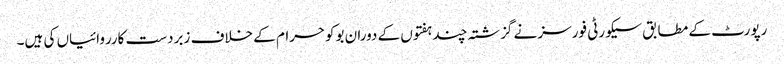
رپورٹ کے مطابق سیکورٹی فورسز نے گزشتہ چند ہفتوں کے دوران بوکوحرام کے خلاف زبردست کارروائیاں کی ہیں۔